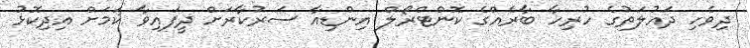
ދިވެހި ދައުލަތުގެ ހުރިހާ ބާރެއްގެ ކޮންޓްރޯލް އިންޑިއާ ސަރުކާރަށް ދީފައިވާ ކަމަށް އިދިކޮޅު